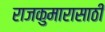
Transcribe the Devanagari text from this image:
राजकुमारासाठी